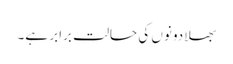
بھلا دونوں کی حالت برابر ہے۔